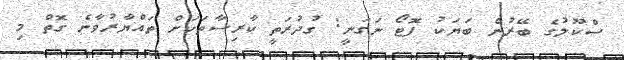
ސްކޫލުގެ ބޭރުން ބަޔަކު ފޮޓޯ ނަގަނީ: ގުދުރަތީ ކާރިސާތަކަށް ތައްޔާރުވާނެ ގޮތް މި